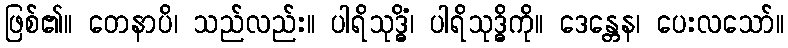
ဖြစ်၏။ တေနာပိ၊ သည်လည်း။ ပါရိသုဒ္ဓိံ၊ ပါရိသုဒ္ဓိကို။ ဒေန္တေန၊ ပေးလသော်။